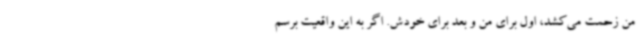
من زحمت می‌کشد، اول برای من و بعد برای خودش. اگر به این واقعیت برسم